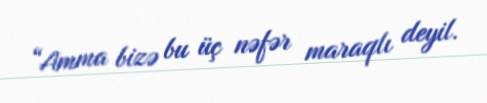
“Amma bizə bu üç nəfər maraqlı deyil.